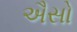
ઐસો